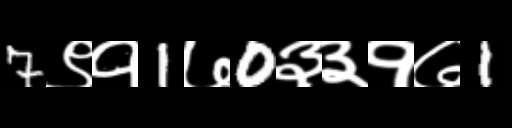
Text: 7९१1७0३३१७1